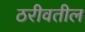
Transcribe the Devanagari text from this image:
ठरीवतील